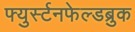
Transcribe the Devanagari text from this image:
फ्युर्स्टनफेल्डब्रुक